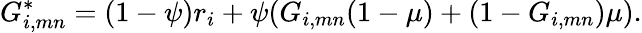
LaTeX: G_{i,mn}^{*}=(1-\psi)r_{i}+\psi(G_{i,mn}(1-\mu)+(1-G_{i,mn})\mu).